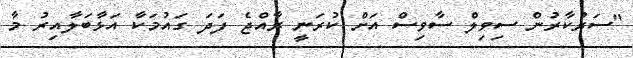
"ސަރުކާރުން ސިިވިލް ސާވިސް އަށް ކުރަނީ ރާއްޖެ ފަދަ ގައުމަކާ އަޅާބަލާއިރު މާ